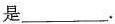
是___.